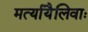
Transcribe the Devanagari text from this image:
मर्त्यायैलिवाः